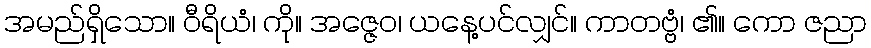
အမည်ရှိသော။ ဝီရိယံ၊ ကို။ အဇ္ဇေဝ၊ ယနေ့ပင်လျှင်။ ကာတဗ္ဗံ၊ ၏။ ကော ဇညာ